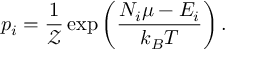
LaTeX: p _ { i } = { \frac { 1 } { \mathcal { Z } } } \exp \left( { \frac { N _ { i } \mu - E _ { i } } { k _ { B } T } } \right) .